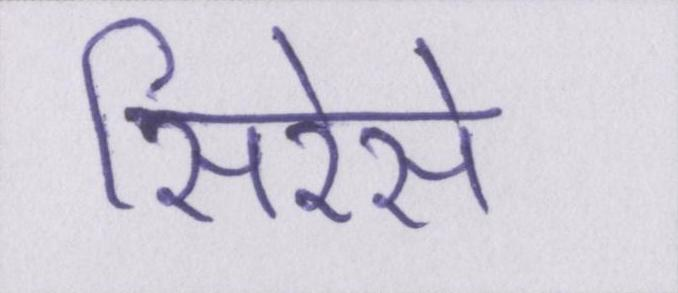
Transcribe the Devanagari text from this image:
सिरेसे